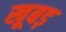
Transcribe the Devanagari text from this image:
खूबड़